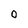
Character: 0